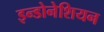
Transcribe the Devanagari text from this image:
इन्डोनेशियन